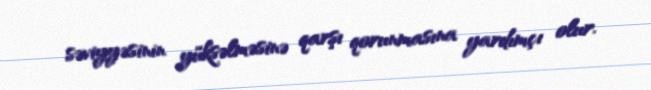
səviyyəsinin yüksəlməsinə qarşı qorunmasına yardımçı olur.